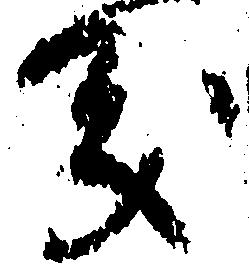
義